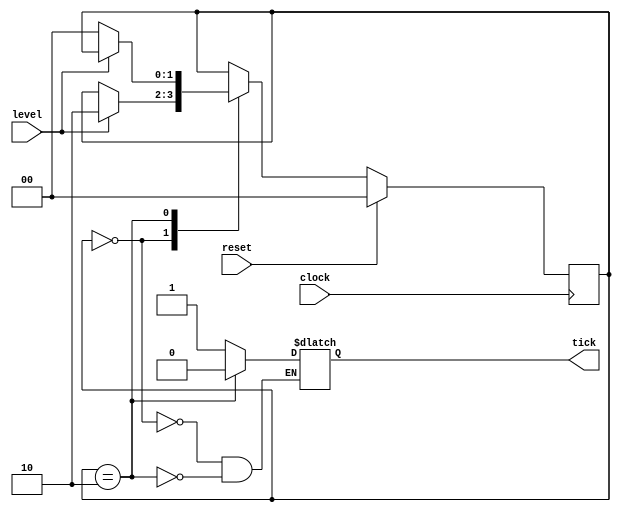
module mealy ( level, clock, reset, tick);
// codificao dos estados
localparam [1:0] ZERO = 2'b00, 
	EDGE = 2'b01,
	ONE = 2'b10;

// vetores dos estados
reg [1:0] state, next_state;

input level, clock, reset;

output reg tick;

// processo sequencial estados
always @ (posedge clock) begin
	if (reset) state <= ZERO;
	else state <= next_state;
end
// Processo combinacional
// para o prximo estado
always @ (level or state) 
begin
	next_state = state;
	case (state)
	ZERO: if (level == 1 ) next_state = ONE;
	ONE: if (level == 0) next_state = ZERO;
	endcase
end
// decode output 
always @ (state) 
begin
	case (state)
	ZERO: tick = 1;
	ONE:tick = 0;
	endcase
end
endmodule